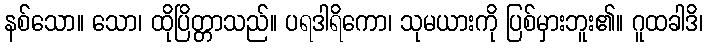
နစ်သော။ သော၊ ထိုပြိတ္တာသည်။ ပရဒါရိကော၊ သုမယားကို ပြစ်မှားဘူး၏။ ဂူထခါဒိ၊